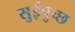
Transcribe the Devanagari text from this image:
सुईपुच्छ